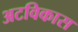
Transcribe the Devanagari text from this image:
अटविकास